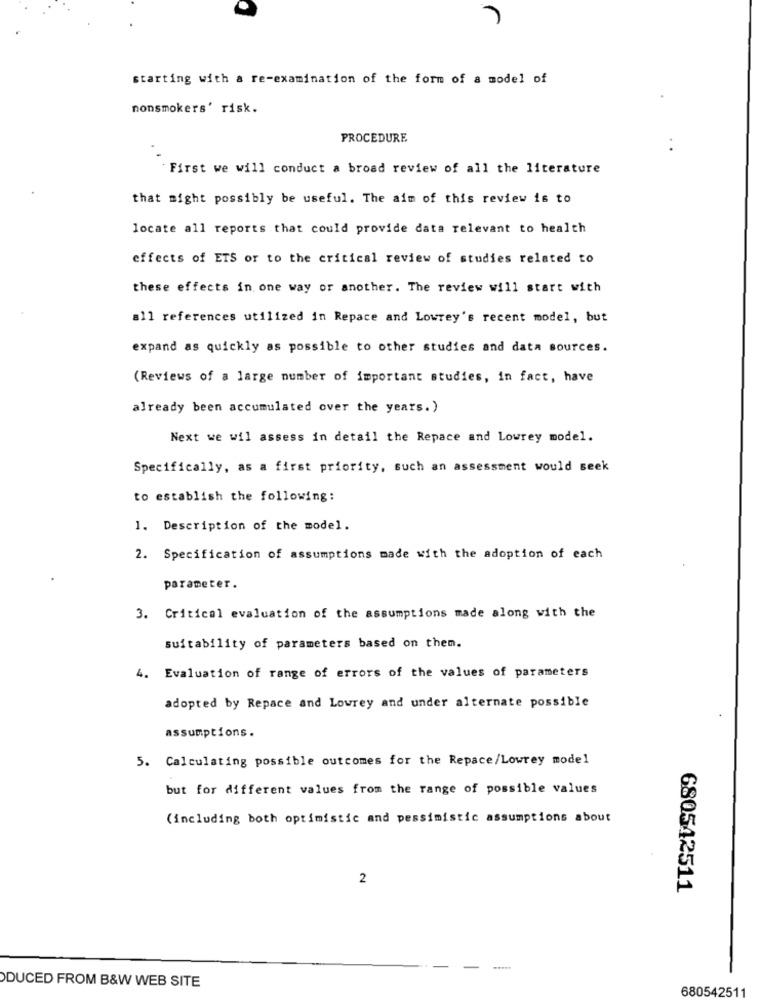
starting with a re-examination of the form of a model of
nonsmokers' risk.
PROCEDURE
. .
"First we will conduct a broad review of all the literature
that might possibly be useful. The aim of this review is to
locate all reports that could provide data relevant to health
effects of ETS or to the critical review of studies related to
these effects in one way or another. The review will start with
all references utilized in Repace and Lowrey's recent model, but
expand as quickly as possible to other studies and data sources.
(Reviews of a large number of important studies, in fact, have
already been accumulated over the years.)
Next we wil assess in detail the Repace and Lowrey model.
Specifically, as a first priority, such an assessment would seek
to establish the following:
1. Description of the model.
2. Specification of assumptions made with the adoption of each
parameter.
3. Critical evaluation of the assumptions made along with the
suitability of parameters based on them.
4. Evaluation of range of errors of the values of parameters
adopted by Repace and Lowrey and under alternate possible
assumptions.
5. Calculating possible outcomes for the Repace/Lowrey model
but for different values from the range of possible values
(including both optimistic and pessimistic assumptions about
2
680542511
DUCED FROM B&W WEB SITE
680542511